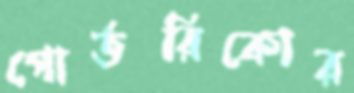
পোর্তরিকোর